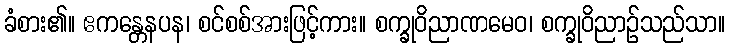
ခံစား၏။ ဧကန္တေနပန၊ စင်စစ်အားဖြင့်ကား။ စက္ခုဝိညာဏမေဝ၊ စက္ခုဝိညာဉ်သည်သာ။